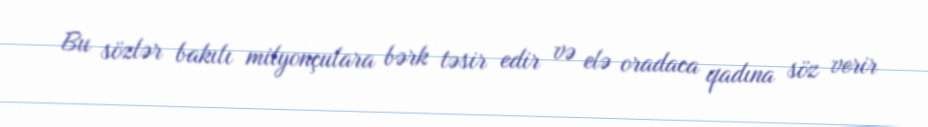
Bu sözlər bakılı milyonçulara bərk təsir edir və elə oradaca qadına söz verir